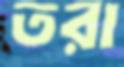
তরা